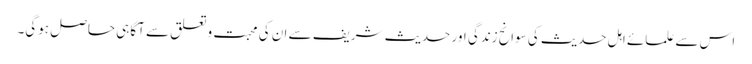
اس سے علمائے اہل حدیث کی سوانح زندگی اور حدیث شریف سے ان کی محبت وتعلق سے آگاہی حاصل ہوگی۔